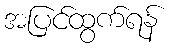
အပြင်ထွက်ရန်